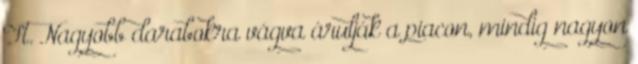
Ft. Nagyobb darabokra vágva árulják a piacon, mindig nagyon